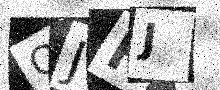
Text: QJHJ